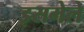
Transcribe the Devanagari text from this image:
इसमेले